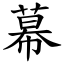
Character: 幕